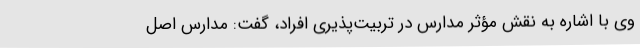
وی با اشاره به نقش مؤثر مدارس در تربیت‌پذیری افراد، گفت: مدارس اصل